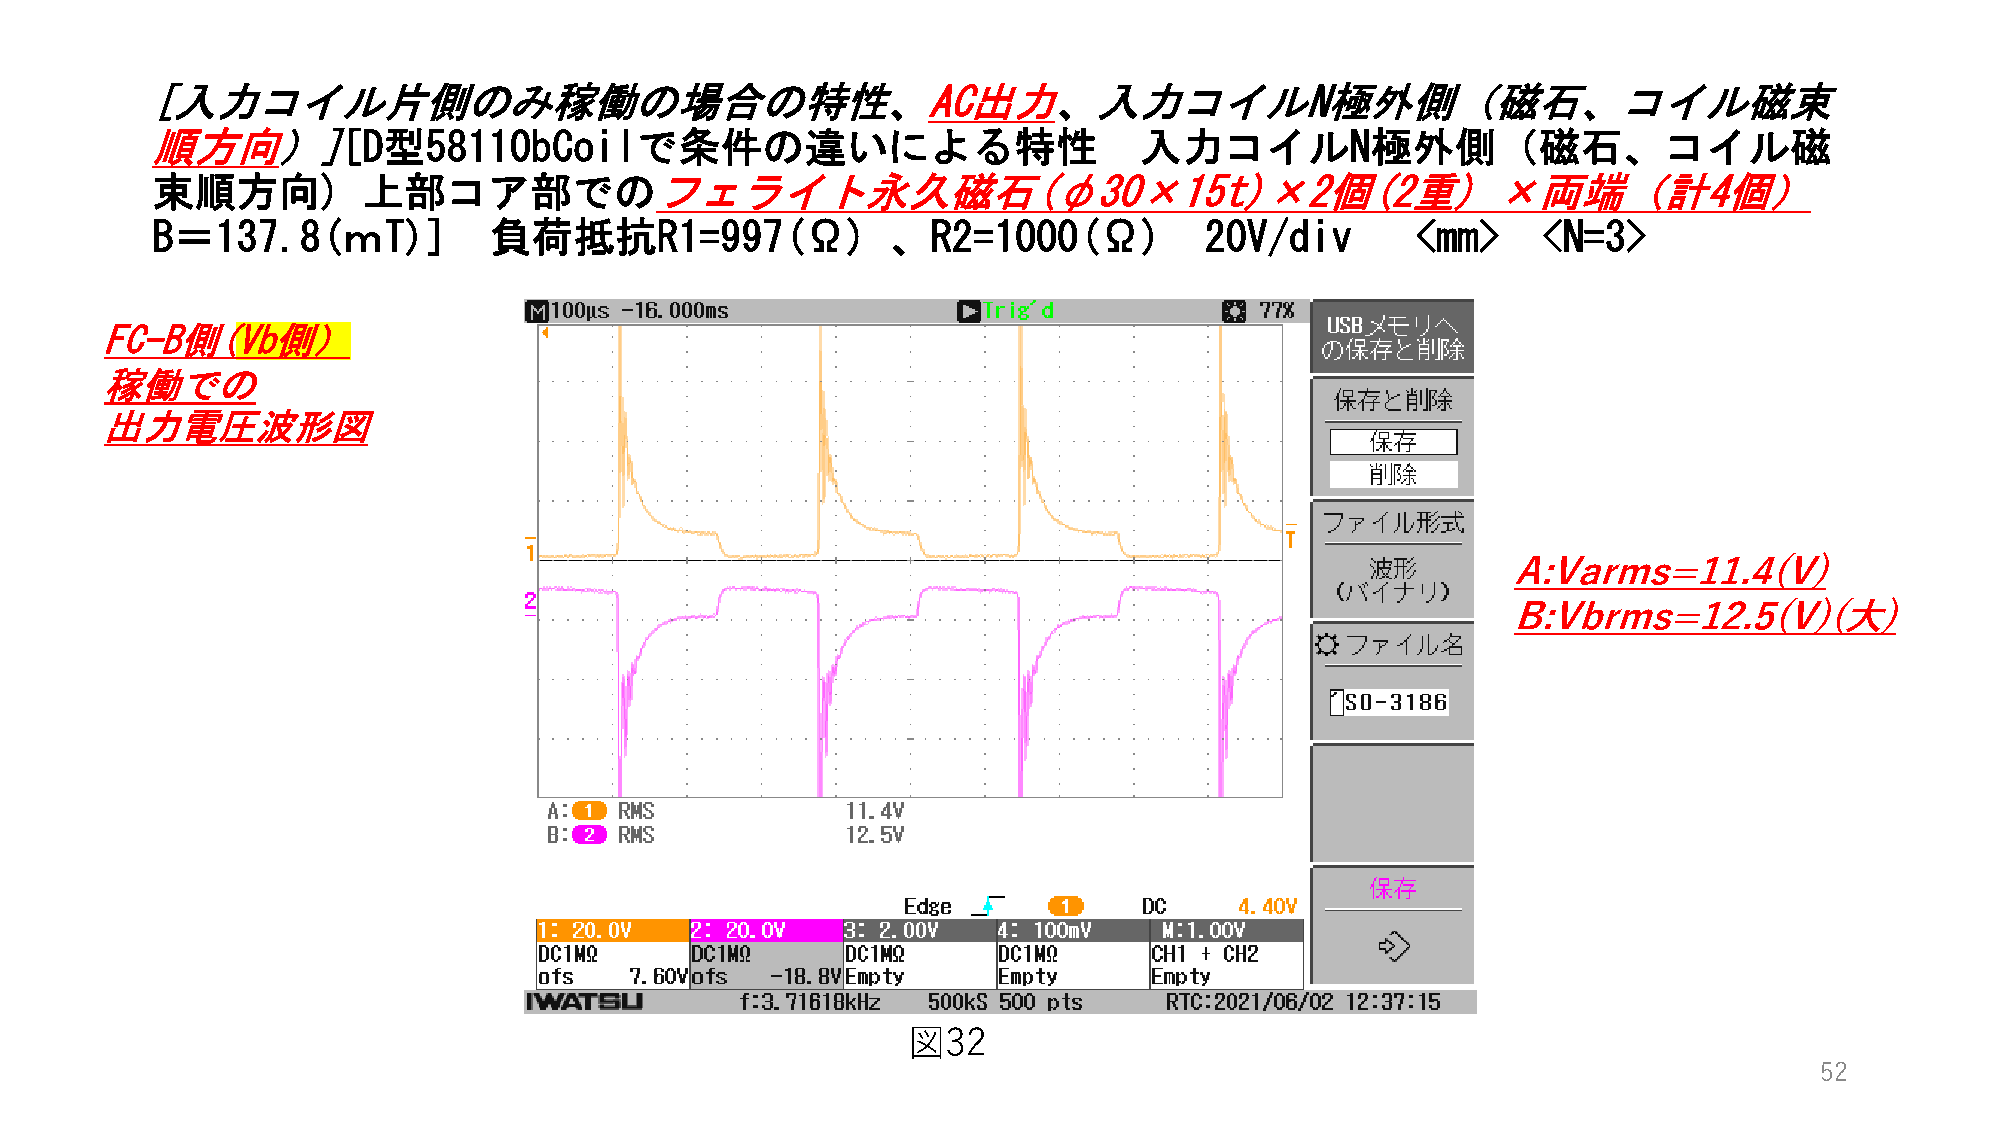
[入力コイル片側のみ稼働の場合の特性、AC出力、入力コイルN極外側（磁石、コイル磁束
 順方向）][D型58110bCoilで条件の違いによる特性                                    入力コイルN極外側（磁石、コイル磁
 束順方向)         上部コア部でのフェライト永久磁石(φ30×15t)×2個(2重)                                           ×両端（計4個）
 B＝137.8(ｍT)]          負荷抵抗R1=997(Ω)              、R2=1000(Ω)          20V/div       <mm>    <N=3>
 FC-B側(Vb側）
 稼働での
 出力電圧波形図
 A:Varms=11.4(V)
 B:Vbrms=12.5(V)(大)
 図32
 52